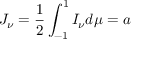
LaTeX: J _ { \nu } = { \frac { 1 } { 2 } } \int _ { - 1 } ^ { 1 } I _ { \nu } d \mu = a